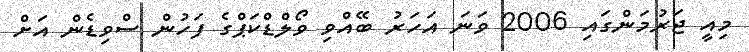
މިއީ ޖަރުމަންގައި 2006 ވަނަ އަހަރު ބޭއްވި ވޯލްޑްކަޕްގެ ފަހުން ސްވިޑެން އަށް